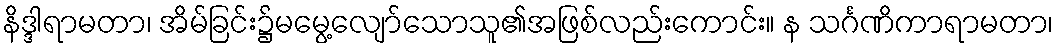
နိဒ္ဒါရာမတာ၊ အိမ်ခြင်း၌မမွေ့လျော်သောသူ၏အဖြစ်လည်းကောင်း။ န သင်္ဂဏိကာရာမတာ၊